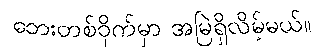
ဘေးတစ်ဝိုက်မှာ အမြဲရှိလိမ့်မယ်။